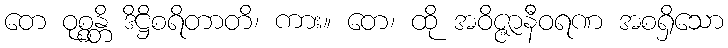
တေ ဝုစ္စန္တိ ဒိဋ္ဌိစရိတာတိ၊ ကား။ တေ၊ ထို အဝိဇ္ဇာနီဝရဏ အစရှိသော